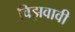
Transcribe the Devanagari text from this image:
विझवावी